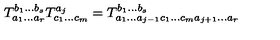
T _ { a _ { 1 } \ldots a _ { r } } ^ { b _ { 1 } \ldots b _ { s } } T _ { c _ { 1 } \ldots c _ { m } } ^ { a _ { j } } = T _ { a _ { 1 } \ldots a _ { j - 1 } c _ { 1 } \ldots c _ { m } a _ { j + 1 } \ldots a _ { r } } ^ { b _ { 1 } \ldots b _ { s } }